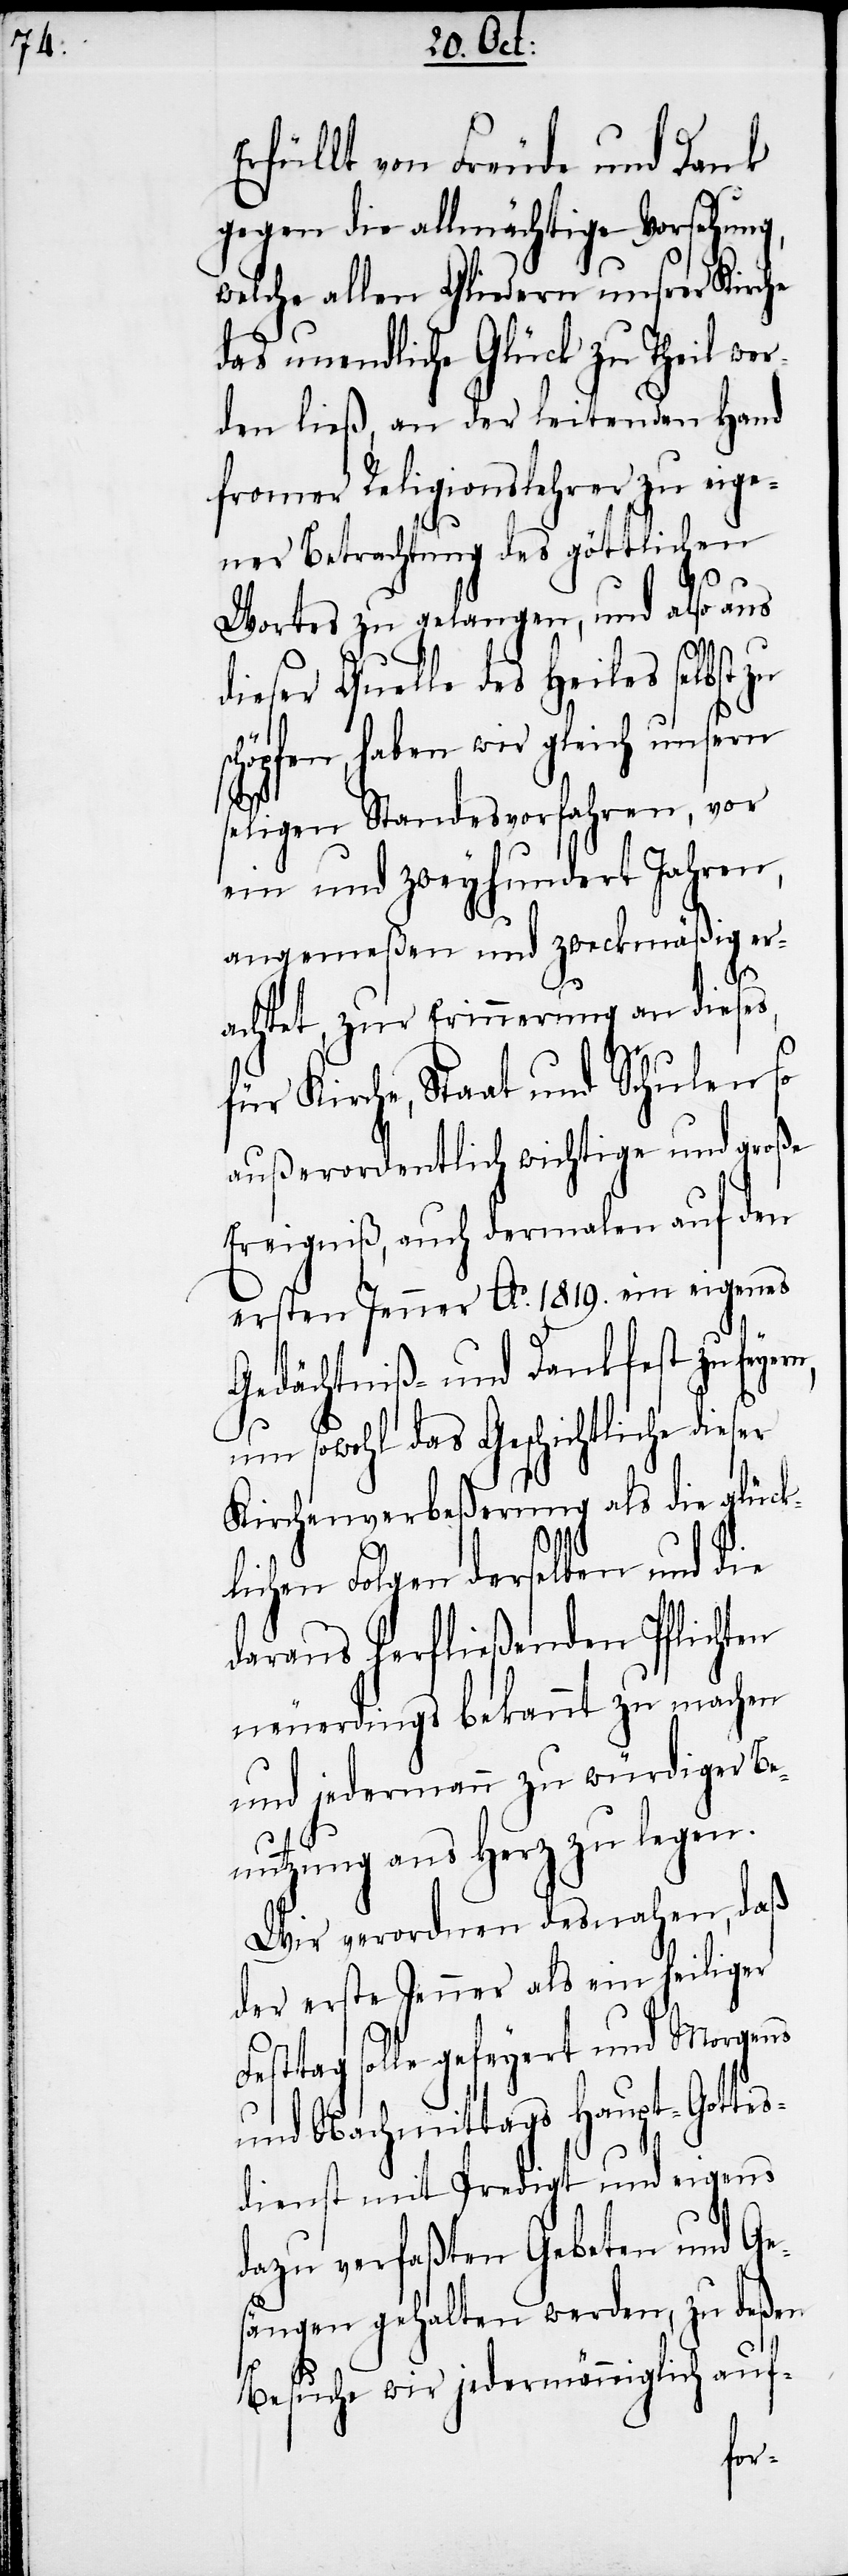
Erfüllt von Freude und Dank
gegen die allmächtige Vorsehung,
welche allen Gliedern unsrer Kirche
das unendliche Glück zu Theil wer¬
den ließ, an der leitenden Hand
fromer Religionslehrer zu eige¬
ner Betrachtung des göttlichen
Wortes zu gelangen, und also aus
dieser Quelle des Heiles selbst
chöpfen, haben wir gleich unsern
seligen Standesvorfahren, vor
ein und zweyhundert Jahren,
angemeßen und zweckmäßig er¬
achtet, zur Erinnerung an dieses,
für Kirche, Staat und Schulen so
außerordentlich wichtige und große
Ereigniß, auch dermalen auf den
ersten Jenner Ao. 1819. ein eigenes
Gedächtniß- und Dankfest zu
um sowohl das Geschichtliche die¬
Kirchenverbeßerung als die glück¬
lichen Folgen derselben und die
daraus herfließenden Pflichten
neuerdings bekannt zu machen
und jedermann zu würdiger Be¬
nutzung ans Herz zu legen.
Wir verordnen desnahen, daß
der erste Jenner als ein heiliger
Festtag solle gefeyert und Morgens
und Nachmittags Haupt-Gottes¬
dienst mit Predigt und eigens
dazu verfaßten Gebeten und Ge¬
sängen gehalten werden, zu deßen
Besuche wir jedermänniglich auf-
ser